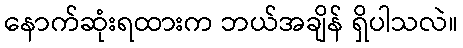
နောက်ဆုံးရထားက ဘယ်အချိန် ရှိပါသလဲ။